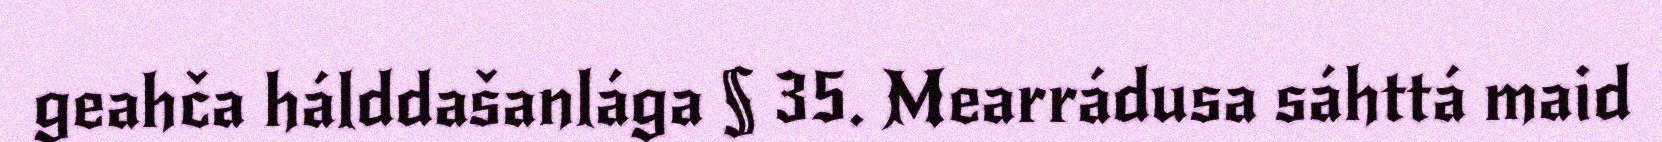
geahča hálddašanlága § 35. Mearrádusa sáhttá maid